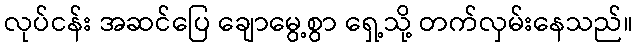
လုပ်ငန်း အဆင်ပြေ ချောမွေ့စွာ ရှေ့သို့ တက်လှမ်းနေသည်။